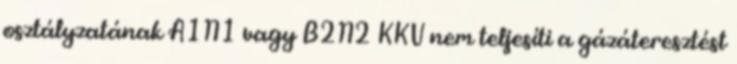
osztályzatának A1N1 vagy B2N2 KKV nem teljesíti a gázáteresztést